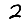
Digit: 2